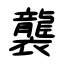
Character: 襲